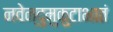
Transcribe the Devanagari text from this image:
नवेन्दुमुकुटाभातं